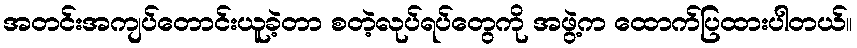
အတင်းအကျပ်တောင်းယူခဲ့တာ စတဲ့လုပ်ရပ်တွေကို အဖွဲ့က ထောက်ပြထားပါတယ်။